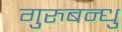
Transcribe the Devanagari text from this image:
गुरुबन्‍धु